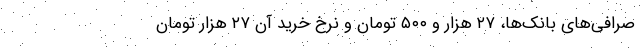
صرافی‌های بانک‌ها، ۲۷ هزار و ۵۰۰ تومان و نرخ خرید آن ۲۷ هزار تومان